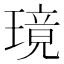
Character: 璄